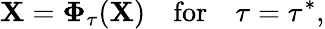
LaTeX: \mathbf{X}=\boldsymbol{\Phi}_{\tau}(\mathbf{X})\quad\textrm{for}\quad\tau=\tau^{*},